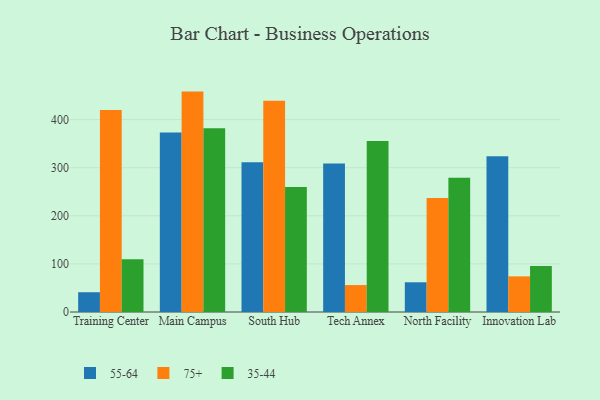
{"axis": {"x": "Campus", "y": "Bounce Rate (%)"}, "legend": ["35-44", "55-64", "75+"], "data": [{"x": "Training Center", "y": 41.1, "type": "55-64"}, {"x": "Training Center", "y": 420.1, "type": "75+"}, {"x": "Training Center", "y": 109.8, "type": "35-44"}, {"x": "Main Campus", "y": 373.0, "type": "55-64"}, {"x": "Main Campus", "y": 458.3, "type": "75+"}, {"x": "Main Campus", "y": 382.2, "type": "35-44"}, {"x": "South Hub", "y": 311.5, "type": "55-64"}, {"x": "South Hub", "y": 439.3, "type": "75+"}, {"x": "South Hub", "y": 260.0, "type": "35-44"}, {"x": "Tech Annex", "y": 308.7, "type": "55-64"}, {"x": "Tech Annex", "y": 56.0, "type": "75+"}, {"x": "Tech Annex", "y": 355.8, "type": "35-44"}, {"x": "North Facility", "y": 61.8, "type": "55-64"}, {"x": "North Facility", "y": 236.9, "type": "75+"}, {"x": "North Facility", "y": 279.4, "type": "35-44"}, {"x": "Innovation Lab", "y": 323.8, "type": "55-64"}, {"x": "Innovation Lab", "y": 74.1, "type": "75+"}, {"x": "Innovation Lab", "y": 95.9, "type": "35-44"}]}